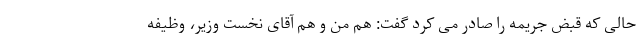
حالی که قبض جریمه را صادر می کرد گفت: هم من و هم آقای نخست وزیر، وظیفه